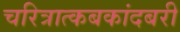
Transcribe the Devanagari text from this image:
चरित्रात्कबकांदबरी